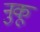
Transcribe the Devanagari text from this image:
नुकू